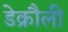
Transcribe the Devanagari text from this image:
डेक्रौली